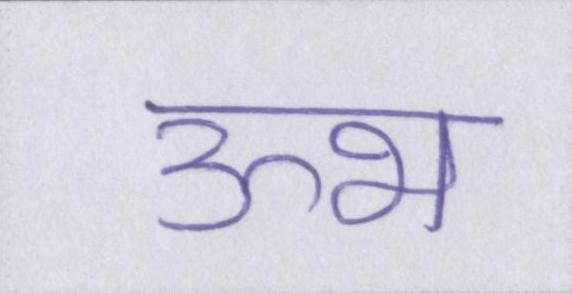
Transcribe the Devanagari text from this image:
ऊभ